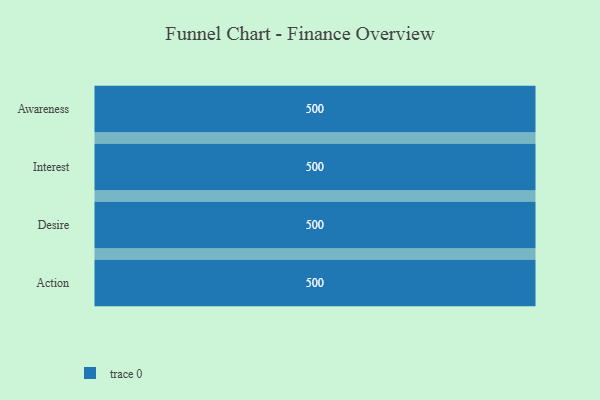
{"axis": {"x": "Stage", "y": "Value"}, "legend": [""], "data": [{"x": "Awareness", "y": 500, "type": ""}, {"x": "Interest", "y": 500, "type": ""}, {"x": "Desire", "y": 500, "type": ""}, {"x": "Action", "y": 500, "type": ""}]}